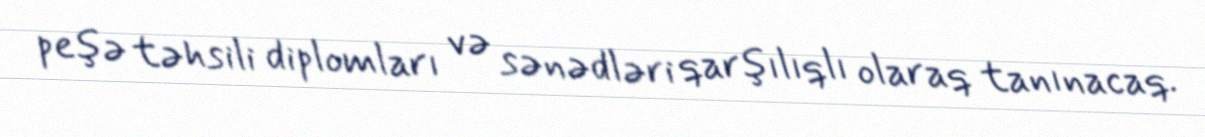
peşə təhsili diplomları və sənədləri qarşılıqlı olaraq tanınacaq.